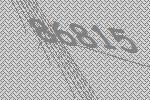
86815